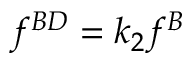
f ^ { { \cal B } { \cal D } } = k _ { 2 } f ^ { { \cal B } }